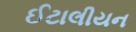
ઈટાલીયન